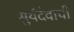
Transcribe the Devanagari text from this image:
सुर्यदेवाची